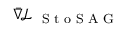
\ensuremath { \bar { \nabla } } \! \ensuremath { \mathcal { L } } _ { \textnormal { { S t o S A G } } }